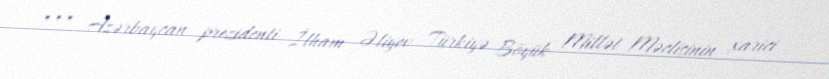
*** Azərbaycan prezidenti İlham Əliyev Türkiyə Böyük Millət Məclisinin xarici